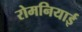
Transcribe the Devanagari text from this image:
रोमनियाई